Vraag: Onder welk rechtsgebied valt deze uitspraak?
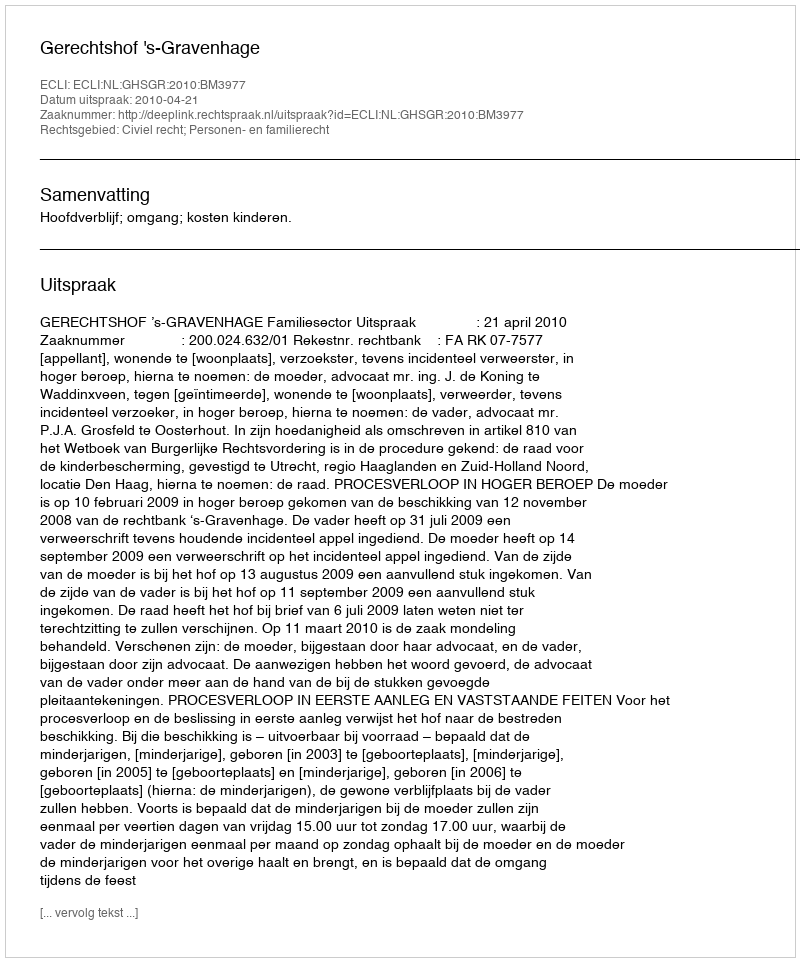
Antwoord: Civiel recht; Personen- en familierecht